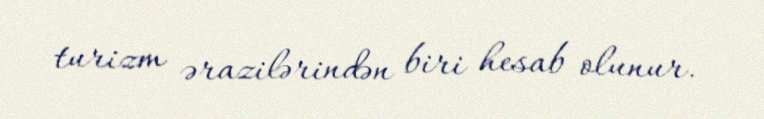
turizm ərazilərindən biri hesab olunur.